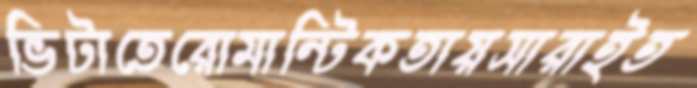
ভিটাতেরোমান্টিকতায়সারাইত